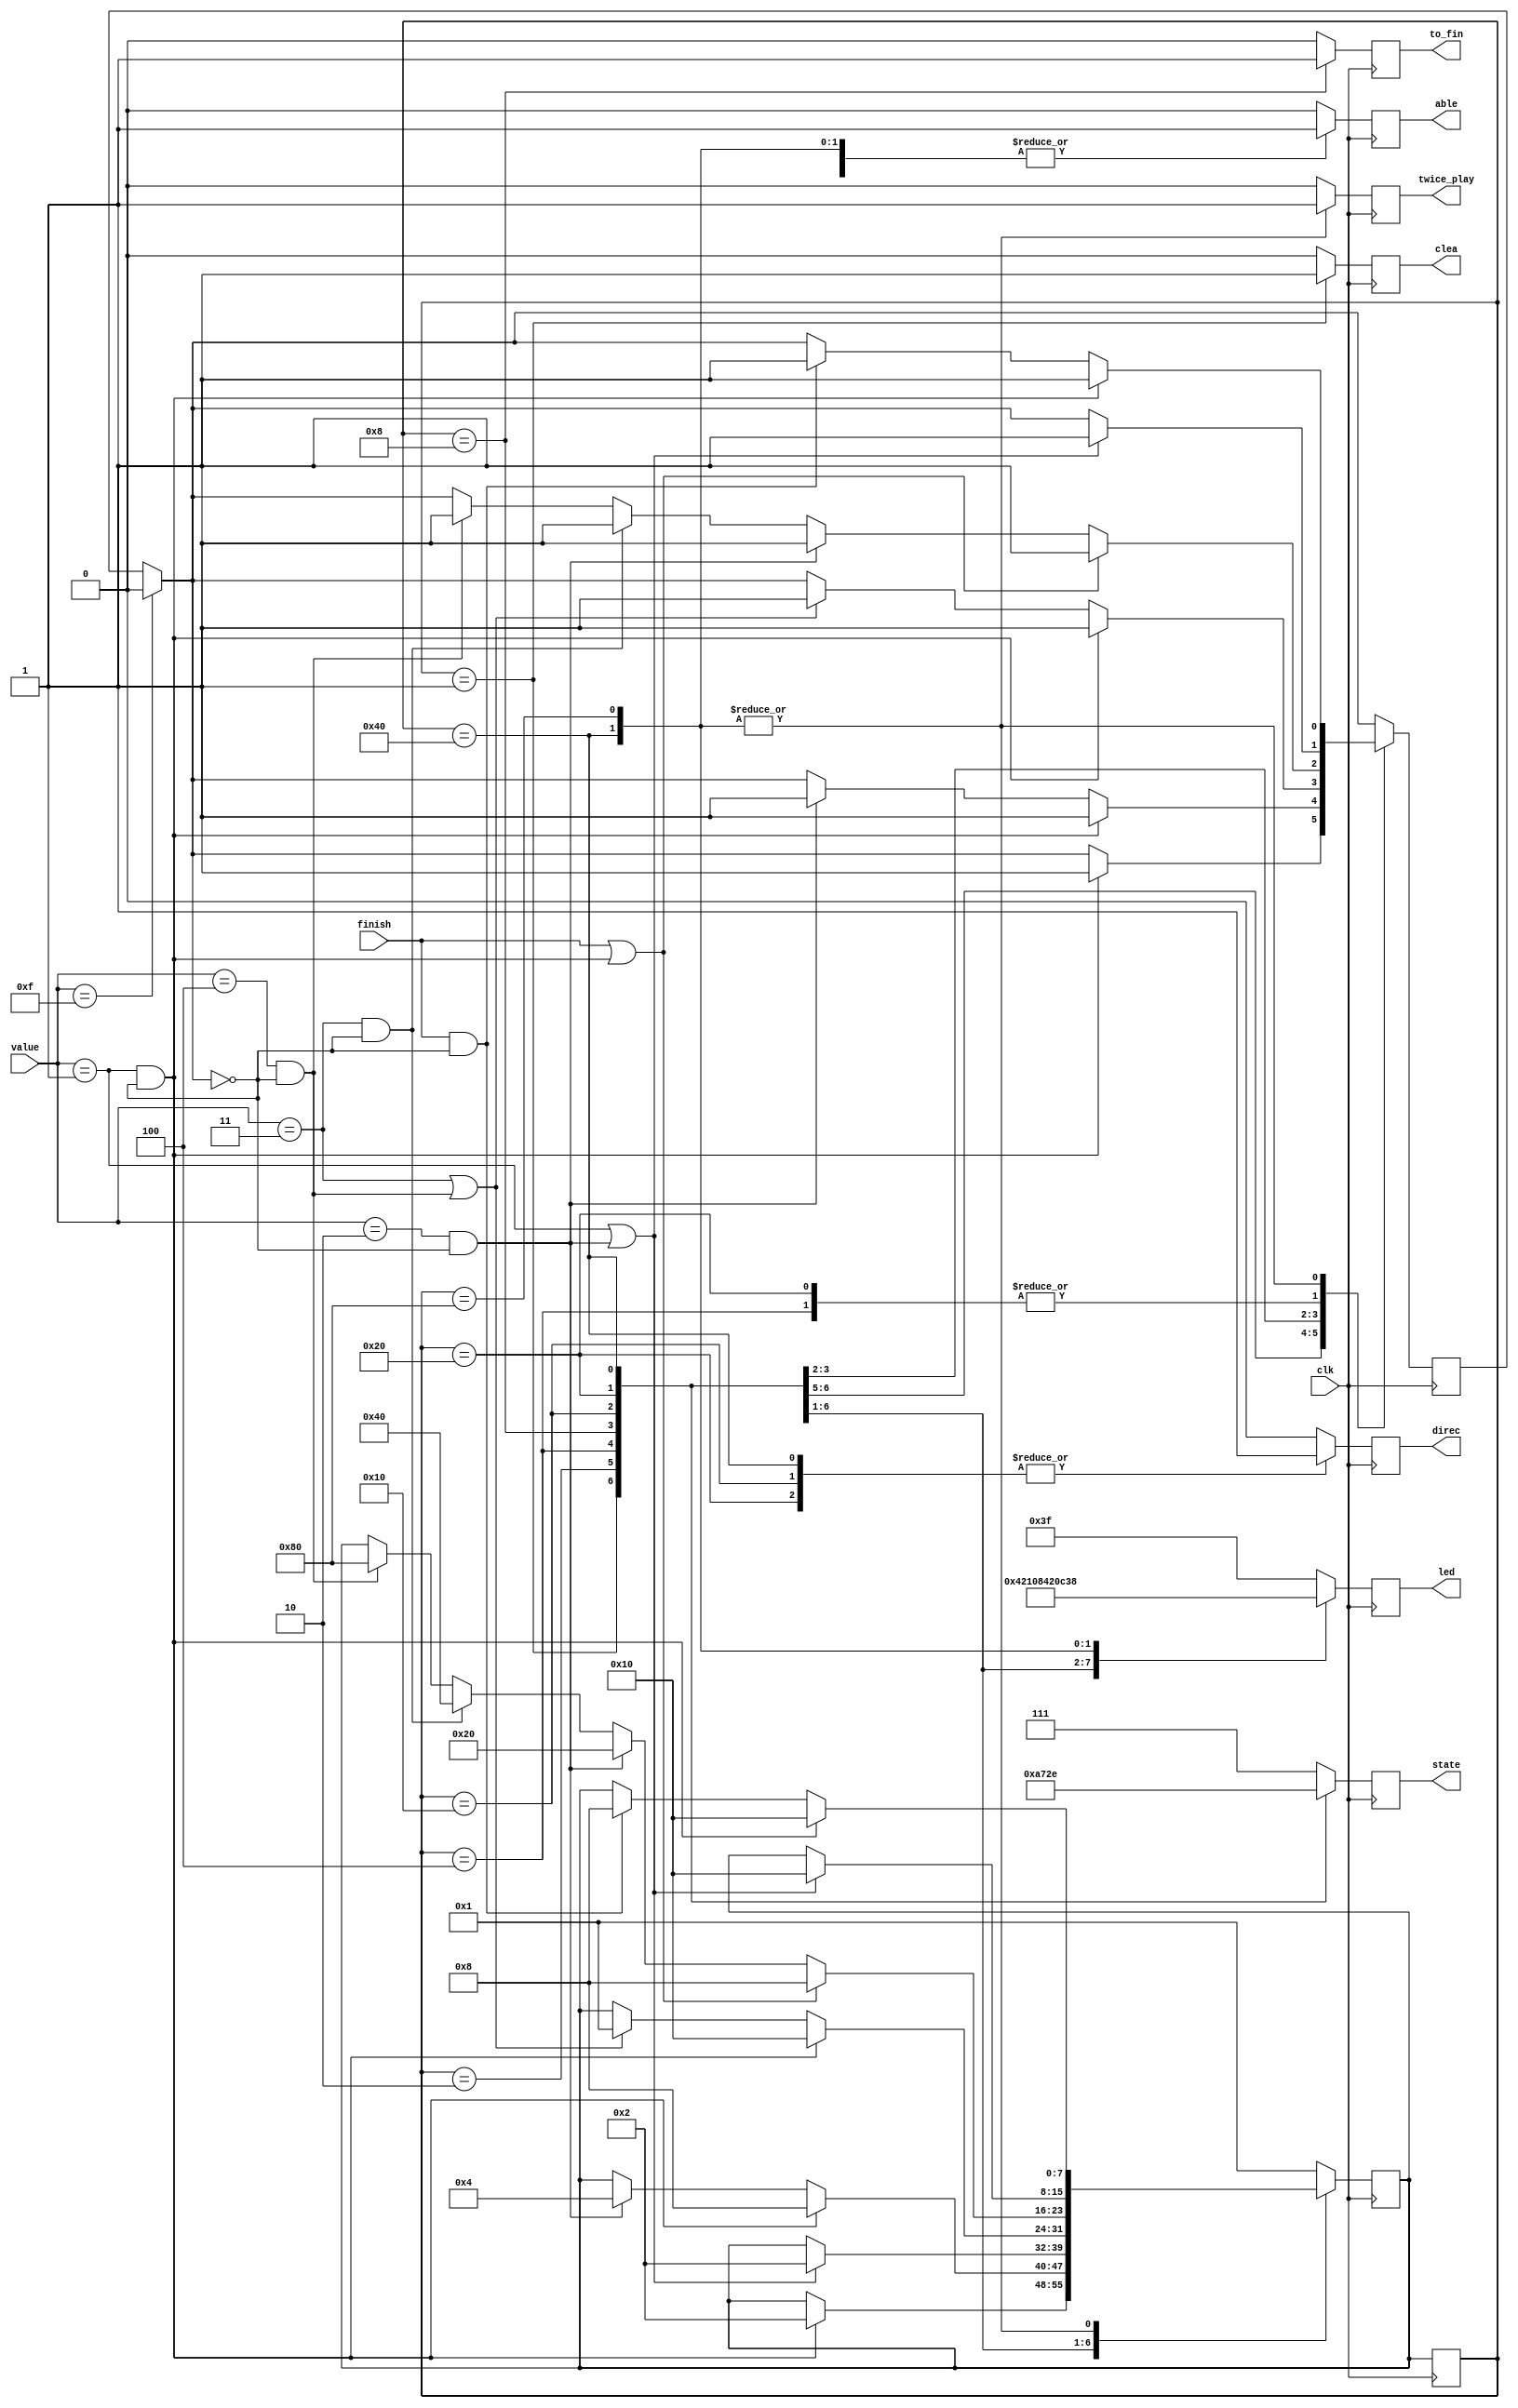
module control(clk, finish, value, able, direc, clea, led, to_fin, state,twice_play);

input clk;
input [3:0] value;
input finish;
output reg able;
output reg direc;
output reg clea;
output reg to_fin;
output reg twice_play;
output reg [5:0] led;
output reg [2:0] state;

parameter [7:0] initi = 8'b00000001;
parameter [7:0] recording = 8'b00000010;
parameter [7:0] record_pause = 8'b00000100;
parameter [7:0] record_finish = 8'b00001000;
parameter [7:0] playing = 8'b00010000;
parameter [7:0] play_pause = 8'b00100000;
parameter [7:0] move_forward = 8'b01000000;
parameter [7:0] move_backward = 8'b10000000;
reg [7:0] current_state = initi;
reg [7:0] next_state = initi;

parameter [3:0] i_on = 4'b0001;///
parameter [3:0] i_pause = 4'b0010;///
parameter [3:0] i_clear = 4'b0011;///
parameter [3:0] i_back = 4'b0100;//
reg valid_val;

initial
begin
	current_state <= initi;
	next_state <= initi;
	valid_val <= 0;
end

always@(negedge clk)//
begin
	current_state = next_state;
end

always@(posedge clk)//
begin
	if(value == 4'b1111)
		valid_val = 0;//valid_val=0
	case(current_state)
	initi://
	begin
		if(value == i_on && valid_val == 0)
		begin
			next_state = recording;
			valid_val = 1;
		end
	end
	recording://
	begin
		if(value == i_on && valid_val == 0 )
		begin
			next_state = record_finish;
			valid_val = 1;
		end
		else if(value == i_pause && valid_val == 0)
		begin
			next_state = record_pause;
			valid_val = 1;
		end
	end
	record_pause://
	begin
		if(value == i_on || value == i_pause && valid_val == 0)
		begin
			next_state = recording;
			valid_val = 1;
		end
	end
	record_finish://
	begin
		if(value == i_on && valid_val == 0)
		begin
			next_state = playing;
			valid_val = 1;
		end
		else if(value == i_clear || value == i_back && valid_val == 0)
		begin
			next_state = initi;
			valid_val = 1;
		end
	end	
	playing://
	begin
		if(finish == 1 || value == i_on && valid_val == 0)
		begin
			next_state = record_finish;
			valid_val = 1;
		end
		else if(value == i_pause && valid_val == 0)
		begin
			next_state = play_pause;
			valid_val = 1;
		end
		else if(value == i_clear && valid_val == 0)
		begin
			next_state = move_forward;
			valid_val =1;
		end
		else if(value == i_back && valid_val == 0)
		begin
			next_state = move_backward;
			valid_val =1;
		end
	end
	play_pause://
	begin
		if(value == i_on || value == i_pause && valid_val == 0)
		begin
			next_state = playing;
			valid_val = 1;
		end
	end
	move_forward://
	begin
		if(value == i_on && valid_val ==0)
		begin
			next_state = playing;
			valid_val = 1;
		end
		else if(finish == 1 && valid_val == 0)
		begin
			next_state = record_finish;
			valid_val =1;
		end
	end
	move_backward://
	begin
		if(value == i_on && valid_val ==0)
		begin
			next_state = playing;
			valid_val = 1;
		end
		else if(finish == 1 && valid_val == 0)
		begin
			next_state = record_finish;
			valid_val =1;
		end
	end
	default:
		next_state = initi;
	endcase
end
	
always@(posedge clk)//
begin
	case(current_state)
	initi:
	begin
		state = 3'b000;		//
		able = 0;				//1
		direc = 0;				//direc0direc1
		clea = 1;				//clea1
		to_fin = 0;				//to_fin1
		twice_play=0;			//twice_play1
	end
	recording:
	begin
		state = 3'b001;
		able = 1;
		direc = 0;
		clea = 0;
		to_fin = 0;
		twice_play=0;
	end
	record_pause:
	begin
		state = 3'b010;
		able = 0;
		direc = 0;
		clea = 0;
		to_fin = 0;
		twice_play=0;
	end
	record_finish:
	begin
		state = 3'b011;
		able = 0;
		direc = 0;
		clea = 0;
		to_fin = 1;
		twice_play=0;
	end
	playing:
	begin
		state = 3'b100;
		able = 1;
		direc = 1;
		clea = 0;
		to_fin = 0;
		twice_play=0;
	end
	play_pause:
	begin
		state = 3'b101;
		able = 0;
		direc = 1;
		clea = 0;
		to_fin = 0;
		twice_play=0;
	end
	move_forward:
	begin
		state = 3'b110;
		able = 1;
		direc = 1;
		clea = 0;
		to_fin = 0;
		twice_play=1;
	end
	move_backward:
	 begin
		state = 3'b111;
		able = 1;
		direc = 0;
		clea = 0;
		to_fin = 0;
		twice_play=1;
	end
	default:
	begin
		state = 3'b111;
		able = 0;
		direc = 0;
		clea = 0;
		to_fin = 0;
		twice_play=0;
	end
	endcase
end

always@(posedge clk)
begin
	case(current_state)
	initi: begin
			led = 6'b000001;
			end
	recording: begin
			led = 6'b000010;
			end
	record_pause:begin
			led = 6'b000100;
			end
	record_finish:	begin
			led = 6'b001000;
				end
	playing: begin
			led = 6'b010000;
				end
	play_pause: begin
			led = 6'b100000;
				end
	move_forward:begin
			led = 6'b110000;
				end
	move_backward:begin
			led = 6'b111000;
            end					
	default:
		begin 
			led = 6'b111111;
		end 	
	endcase
end

endmodule